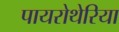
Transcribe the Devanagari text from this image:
पायरोथेरिया